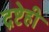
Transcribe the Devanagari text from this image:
द्रष्टेही